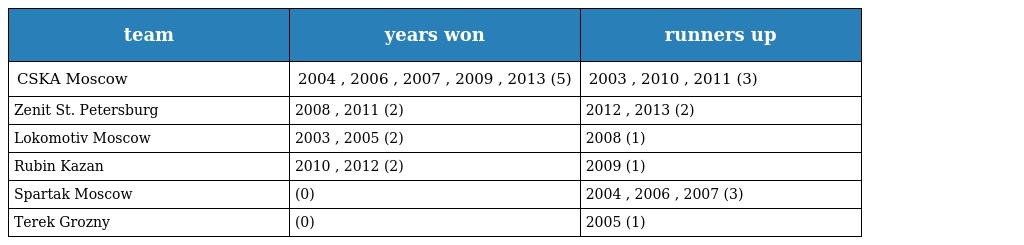
| team | years won | runners up |
 | --- | --- | --- |
 | CSKA Moscow | 2004 , 2006 , 2007 , 2009 , 2013 (5) | 2003 , 2010 , 2011 (3) |
 | Zenit St. Petersburg | 2008 , 2011 (2) | 2012 , 2013 (2) |
 | Lokomotiv Moscow | 2003 , 2005 (2) | 2008 (1) |
 | Rubin Kazan | 2010 , 2012 (2) | 2009 (1) |
 | Spartak Moscow | (0) | 2004 , 2006 , 2007 (3) |
 | Terek Grozny | (0) | 2005 (1) |